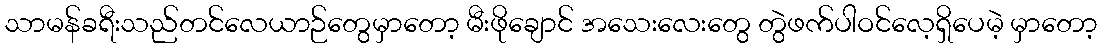
သာမန်ခရီးသည်တင်လေယာဉ်တွေမှာတော့ မီးဖိုချောင် အသေးလေးတွေ တွဲဖက်ပါဝင်လေ့ရှိပေမဲ့ မှာတော့